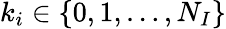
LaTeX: k_{i}\in\{ 0,1,\ldots,N_{I}\}